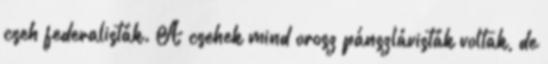
cseh federalisták. A csehek mind orosz pánszlávisták voltak, de